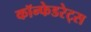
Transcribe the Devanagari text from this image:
कॉन्फेडरेट्स